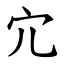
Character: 宂